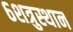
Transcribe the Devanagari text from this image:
६शत्रुस्थान